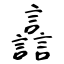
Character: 譶